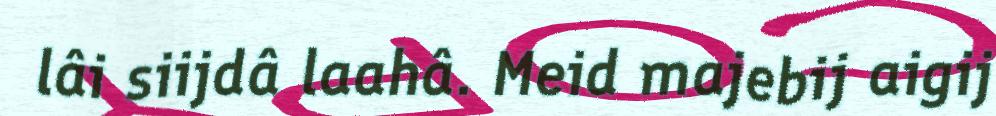
lâi siijdâ laahâ. Meid majebij aigij